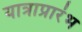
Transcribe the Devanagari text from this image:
यात्राप्रारंभ